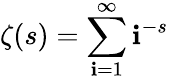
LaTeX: \zeta(s)=\sum_{\mathbf{i}=1}^{\infty}\mathbf{i}^{-s}